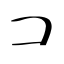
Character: コ